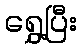
ရွှေ့ပြီး